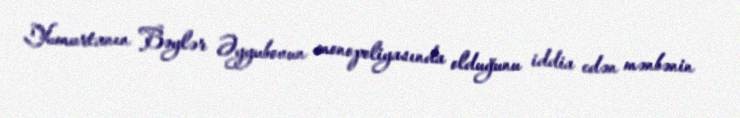
Yumurtanın Bəylər Əyyubovun monopoliyasında olduğunu iddia edən mənbənin